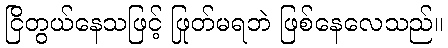
ငြိတွယ်နေသဖြင့် ဖြုတ်မရဘဲ ဖြစ်နေလေသည်။